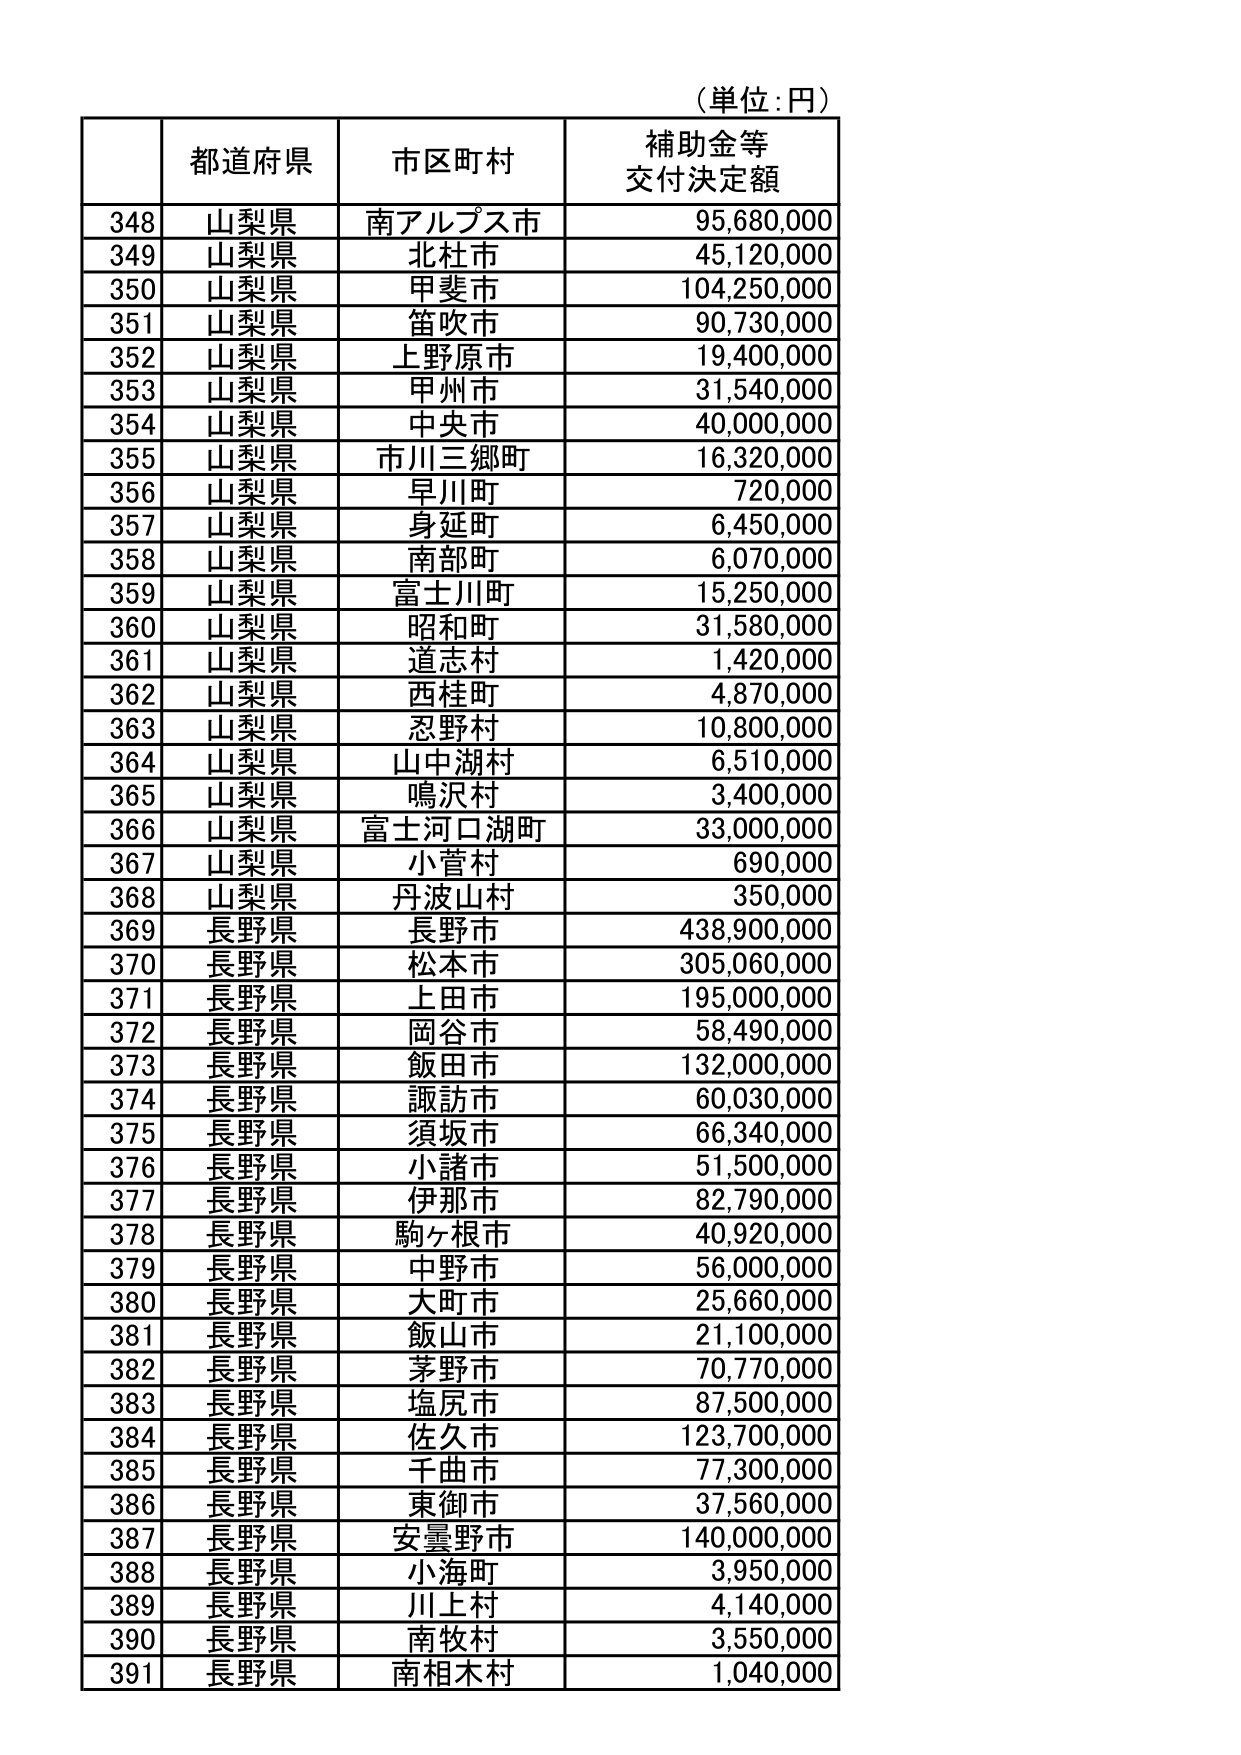
（単位：円）

| | 都道府県 | 市区町村 | 補助金等交付決定額 |
|---|---|---|---|
| 348 | 山梨県 | 南アルプス市 | 95,680,000 |
| 349 | 山梨県 | 北杜市 | 45,120,000 |
| 350 | 山梨県 | 甲斐市 | 104,250,000 |
| 351 | 山梨県 | 笛吹市 | 90,730,000 |
| 352 | 山梨県 | 上野原市 | 19,400,000 |
| 353 | 山梨県 | 甲州市 | 31,540,000 |
| 354 | 山梨県 | 中央市 | 40,000,000 |
| 355 | 山梨県 | 市川三郷町 | 16,320,000 |
| 356 | 山梨県 | 早川町 | 720,000 |
| 357 | 山梨県 | 身延町 | 6,450,000 |
| 358 | 山梨県 | 南部町 | 6,070,000 |
| 359 | 山梨県 | 富士川町 | 15,250,000 |
| 360 | 山梨県 | 昭和町 | 31,580,000 |
| 361 | 山梨県 | 道志村 | 1,420,000 |
| 362 | 山梨県 | 西桂町 | 4,870,000 |
| 363 | 山梨県 | 忍野村 | 10,800,000 |
| 364 | 山梨県 | 山中湖村 | 6,510,000 |
| 365 | 山梨県 | 鳴沢村 | 3,400,000 |
| 366 | 山梨県 | 富士河口湖町 | 33,000,000 |
| 367 | 山梨県 | 小菅村 | 690,000 |
| 368 | 山梨県 | 丹波山村 | 350,000 |
| 369 | 長野県 | 長野市 | 438,900,000 |
| 370 | 長野県 | 松本市 | 305,060,000 |
| 371 | 長野県 | 上田市 | 195,000,000 |
| 372 | 長野県 | 岡谷市 | 58,490,000 |
| 373 | 長野県 | 飯田市 | 132,000,000 |
| 374 | 長野県 | 諏訪市 | 60,030,000 |
| 375 | 長野県 | 須坂市 | 66,340,000 |
| 376 | 長野県 | 小諸市 | 51,500,000 |
| 377 | 長野県 | 伊那市 | 82,790,000 |
| 378 | 長野県 | 駒ヶ根市 | 40,920,000 |
| 379 | 長野県 | 中野市 | 56,000,000 |
| 380 | 長野県 | 大町市 | 25,660,000 |
| 381 | 長野県 | 飯山市 | 21,100,000 |
| 382 | 長野県 | 茅野市 | 70,770,000 |
| 383 | 長野県 | 塩尻市 | 87,500,000 |
| 384 | 長野県 | 佐久市 | 123,700,000 |
| 385 | 長野県 | 千曲市 | 77,300,000 |
| 386 | 長野県 | 東御市 | 37,560,000 |
| 387 | 長野県 | 安曇野市 | 140,000,000 |
| 388 | 長野県 | 小海町 | 3,950,000 |
| 389 | 長野県 | 川上村 | 4,140,000 |
| 390 | 長野県 | 南牧村 | 3,550,000 |
| 391 | 長野県 | 南相木村 | 1,040,000 |